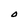
Character: O